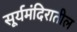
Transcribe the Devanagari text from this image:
सूर्यमंदिरातील